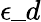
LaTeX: \epsilon\_ d